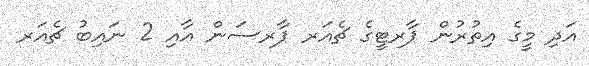
އަދި މީގެ އިތުރުން ޕާރޓީގެ ޗެއަރ ޕާރސަން އާއި 2 ނައިބު ޗެއަރ